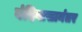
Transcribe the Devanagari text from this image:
बंदिवासानंतर